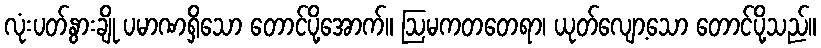
လုံးပတ်နွားချို ပမာဏရှိသော တောင်ပို့အောက်။ ဩမကတတေရာ၊ ယုတ်လျော့သော တောင်ပို့သည်။